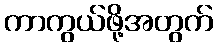
ကာကွယ်ဖို့အတွက်